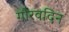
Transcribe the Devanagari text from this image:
गौरवदिन